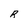
Character: R